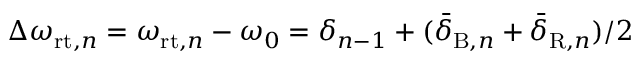
\Delta \omega _ { \mathrm { r t } , n } = \omega _ { \mathrm { r t } , n } - \omega _ { 0 } = \delta _ { n - 1 } + ( \bar { \delta } _ { \mathrm { B } , n } + \bar { \delta } _ { \mathrm { R } , n } ) / 2